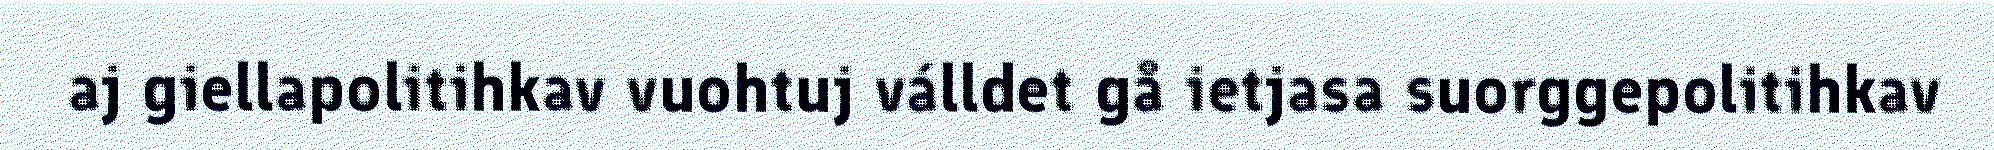
aj giellapolitihkav vuohtuj válldet gå ietjasa suorggepolitihkav